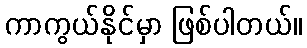
ကာကွယ်နိုင်မှာ ဖြစ်ပါတယ်။